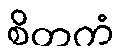
စိတကံ